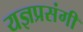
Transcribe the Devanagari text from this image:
यज्ञप्रसंगी